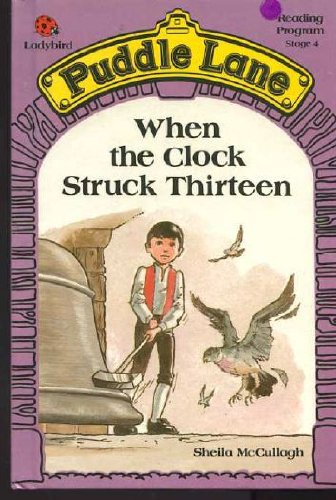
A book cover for When the Clock Struck Thirteen (Puddle Lane Reading Program/Stage 4, Book 1); Sheila McCullagh; Science Fiction & Fantasy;